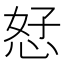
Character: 恏